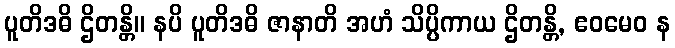
ပူတိဒဓိ ဌိတန္တိ။ နပိ ပူတိဒဓိ ဇာနာတိ အဟံ သိပ္ပိကာယ ဌိတန္တိ, ဧဝမေဝ န